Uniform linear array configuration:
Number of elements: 4
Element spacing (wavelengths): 1
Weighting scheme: kaiser
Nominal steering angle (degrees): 0
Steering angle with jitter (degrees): -0.1561
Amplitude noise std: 0.05
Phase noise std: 0.05

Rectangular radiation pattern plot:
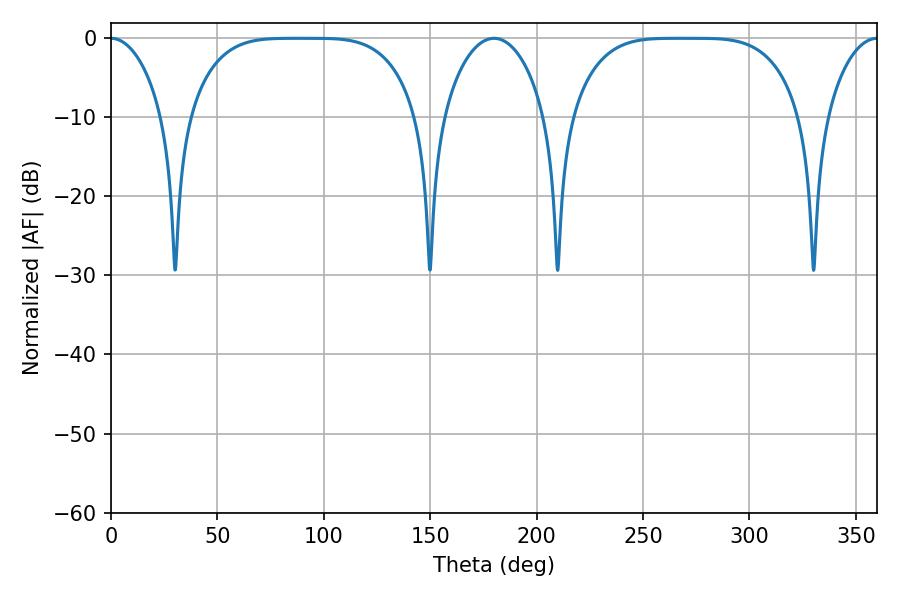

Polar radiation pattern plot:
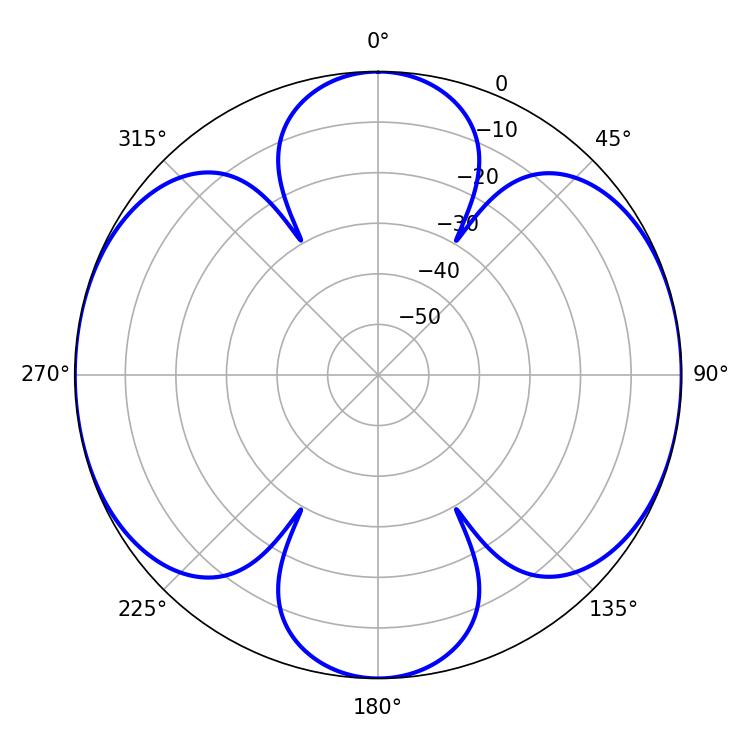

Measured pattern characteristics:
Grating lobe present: TRUE
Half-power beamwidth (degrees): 80.64
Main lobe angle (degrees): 268.56